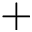
+